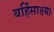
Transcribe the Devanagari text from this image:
बर्हिसाक्ष्य।